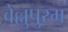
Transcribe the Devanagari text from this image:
वेल्लुपुरम